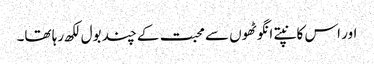
اور اس کانپتے انگوٹھوں سے محبت کے چند بول لکھ رہا تھا۔